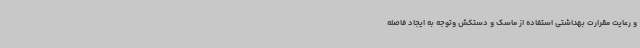
و رعایت مقرارت بهداشتی استفاده از ماسک و دستکش وتوجه به ایجاد فاصله